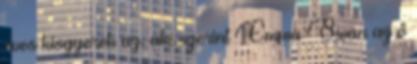
éves kisgyerek az, aki szerint Emma Swan az ő